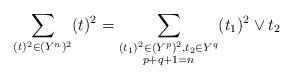
LaTeX: \begin{align*}&\sum_{(t)^2\in (Y^n)^2} (t)^2=\sum_{\substack{(t_1)^2\in (Y^{p})^2,t_2\in Y^{q}\\p+q+1=n}}(t_1)^2\vee t_2\end{align*}